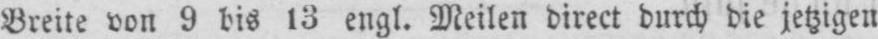
Breite von 9 bis 13 engl. Meilen direct durch die jetzigen